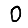
Digit: 0